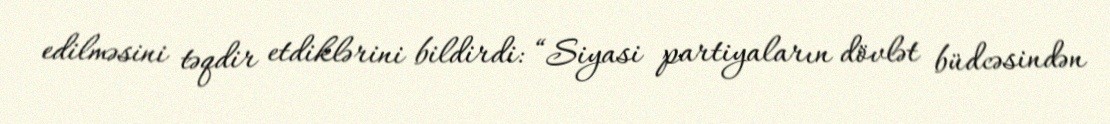
edilməsini təqdir etdiklərini bildirdi: “Siyasi partiyaların dövlət büdcəsindən